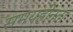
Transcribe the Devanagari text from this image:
समयहीनता